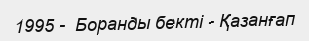
1995 -  Боранды бекті - Қазанғап